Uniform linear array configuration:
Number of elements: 32
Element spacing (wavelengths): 1
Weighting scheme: blackman
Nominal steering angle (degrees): -15
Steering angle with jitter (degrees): -16.161
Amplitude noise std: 0.05
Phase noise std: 0.05

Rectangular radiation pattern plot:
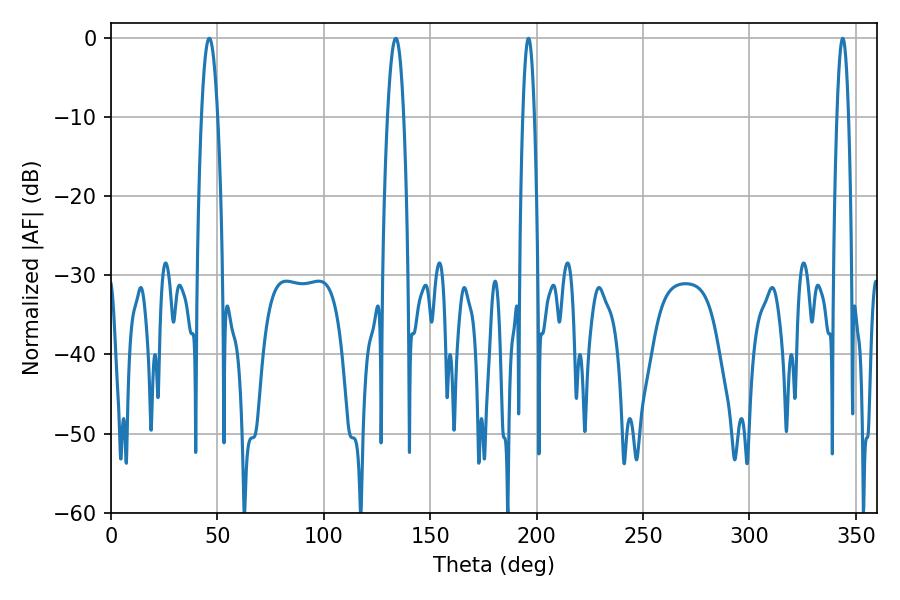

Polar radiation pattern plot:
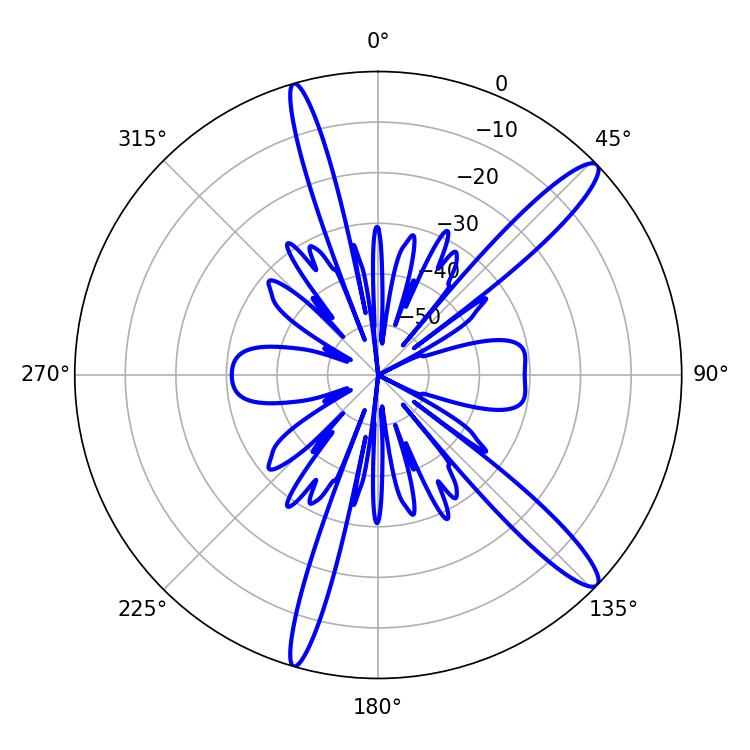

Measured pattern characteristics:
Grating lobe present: TRUE
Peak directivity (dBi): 13.833
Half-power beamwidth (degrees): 2.88
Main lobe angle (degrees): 343.8